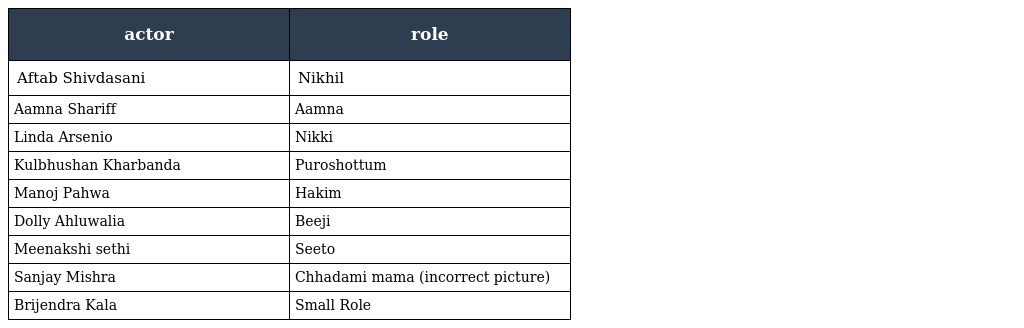
| actor | role |
 | --- | --- |
 | Aftab Shivdasani | Nikhil |
 | Aamna Shariff | Aamna |
 | Linda Arsenio | Nikki |
 | Kulbhushan Kharbanda | Puroshottum |
 | Manoj Pahwa | Hakim |
 | Dolly Ahluwalia | Beeji |
 | Meenakshi sethi | Seeto |
 | Sanjay Mishra | Chhadami mama (incorrect picture) |
 | Brijendra Kala | Small Role |